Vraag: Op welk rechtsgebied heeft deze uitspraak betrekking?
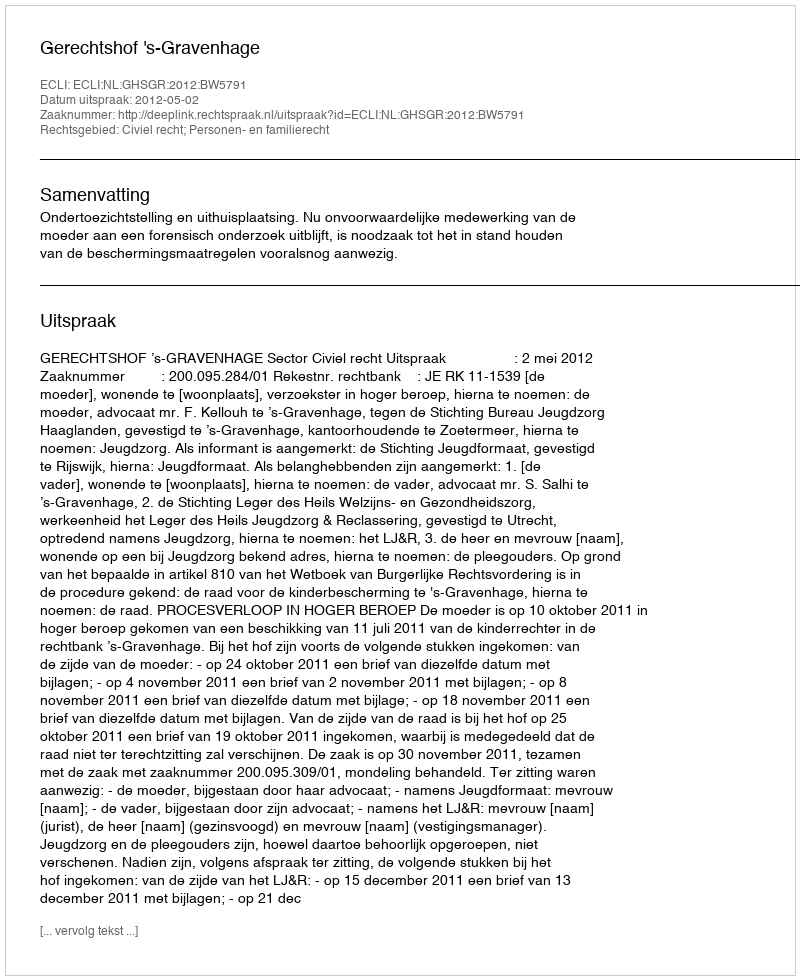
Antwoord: Civiel recht; Personen- en familierecht